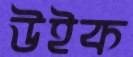
উইক